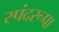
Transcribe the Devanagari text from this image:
स्पंदरूपा